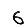
Digit: 6